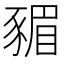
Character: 𮙣